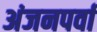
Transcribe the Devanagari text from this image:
अंजनपर्वा